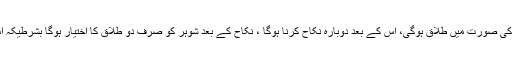
اس صورت میں ساتھ سونے کی صورت میں طلاق ہوگی، اس کے بعد دوبارہ نکاح کرنا ہوگا ، نکاح کے بعد شوہر کو صرف دو طلاق کا اختیار ہوگا بشرطیکہ اس سے پہلے طلاق نہ دی ہو۔